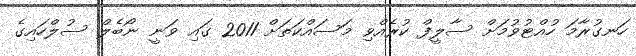
ހަނގުރާމަ ހުއްޓުވުމަށް ސާލީފް ކުރެއްވި މަސައްކަތަށް 2011 ގައި ވަނީ ނޯބެލް ސުލްހައިގެ